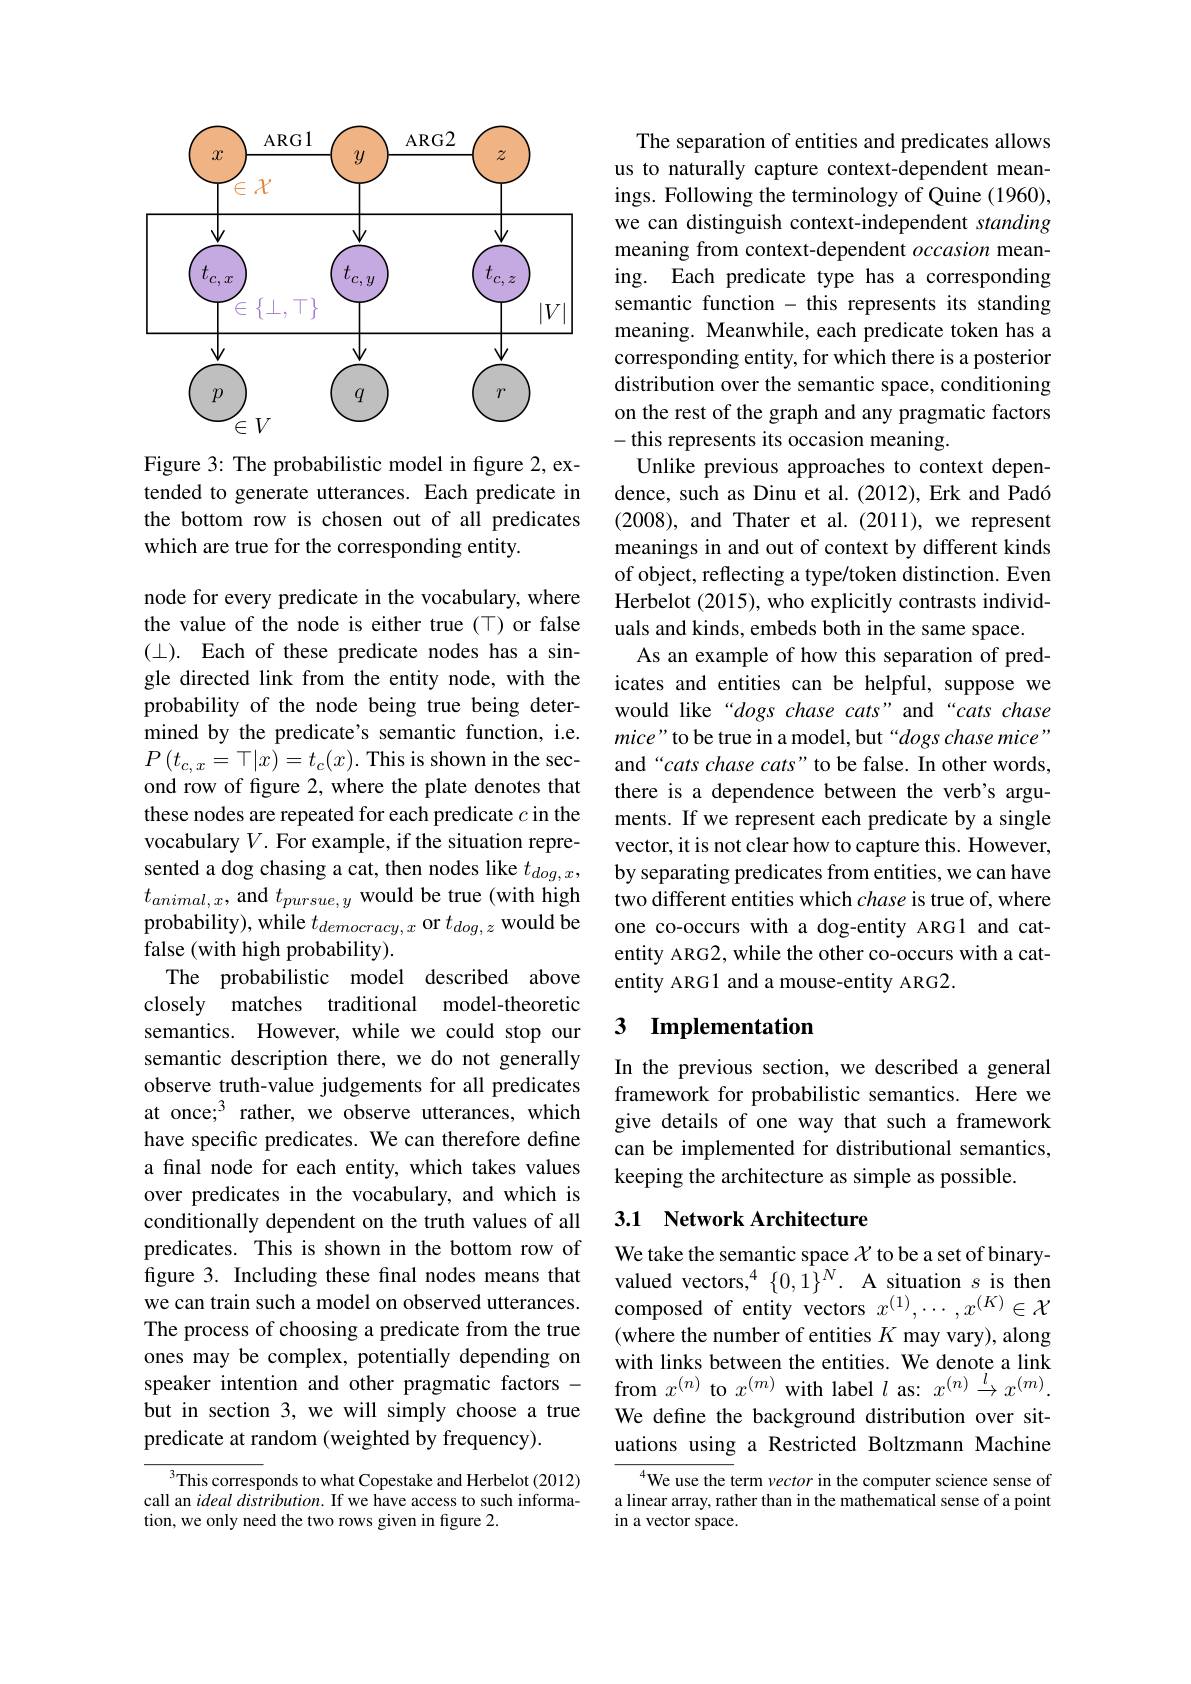
<FigureHere>

Figure 3: The probabilistic model in figure 2, extended to generate utterances. Each predicate in the bottom row is chosen out of all predicates which are true for the corresponding entity.

node for every predicate in the vocabulary, where the value of the node is either true(T) or false $(\bot). Each of these predicate nodes has a sin-$ gle directed link from the entity node, with the probability of the node being true being determined by the predicate's semantic function, i.e. $P\left(t_{c,x}=\top|x\right)=t_{c}(x).$ This is shown in the second row of figure 2, where the plate denotes that these nodes are repeated for each predicate $c$ in the vocabulary $V.$ For example, if the situation represented a dog chasing a cat, then nodes like $t_{dog,x}$, $t_{animal,x}$, and $t_pursue,y$ would be true (with high probability), while $t_democracy,x$ or $t_{dog,z}$ would be false (with high probability).
The probabilistic model described above closely matches traditional model-theoretic semantics. However, while we could stop our semantic description there, we do not generally observe truth-value judgements for all predicates at once;$^3$ rather, we observe utterances, which have specific predicates. We can therefore define a final node for each entity, which takes values over predicates in the vocabulary, and which is conditionally dependent on the truth values of all predicates. This is shown in the bottom row of figure 3. Including these final nodes means that we can train such a model on observed utterances. The process of choosing a predicate from the true ones may be complex, potentially depending on speaker intention and other pragmatic factors - but in section 3, we will simply choose a true predicate at random (weighted by frequency).
$^3$This corresponds to what Copestake and Herbelot (2012)

call an ideal distribution. If we have access to such informa-
tion, we only need the two rows given in figure 2.

The separation of entities and predicates allows us to naturally capture context-dependent meanings. Following the terminology of Quine (1960), we can distinguish context-independent standing meaning from context-dependent occasion meaning. Each predicate type has a corresponding semantic function - this represents its standing meaning. Meanwhile, each predicate token has a corresponding entity, for which there is a posterior distribution over the semantic space, conditioning on the rest of the graph and any pragmatic factors - this represents its occasion meaning.
Unlike previous approaches to context dependence, such as Dinu et al.(2012), Erk and Padó (2008), and Thater et al.(2011), we represent meanings in and out of context by different kinds of object, reflecting a type/token distinction. Even Herbelot (2015), who explicitly contrasts individuals and kinds, embeds both in the same space.
As an example of how this separation of predicates and entities can be helpful, suppose we would like“dogs chase cats” and“cats chase mice" to be true in a model, but“dogs chase mice” and“cats chase cats”to be false. In other words, there is a dependence between the verb's arguments. If we represent each predicate by a single vector, it is not clear how to capture this. However, by separating predicates from entities, we can have two different entities which chase is true of, where one co-occurs with a dog-entity ARG1 and catentity ARG2, while the other co-occurs with a catentity ARG1 and a mouse-entity ARG2

### 3 $\textbf{Implementation}$

In the previous section, we described a general framework for probabilistic semantics. Here we give details of one way that such a framework can be implemented for distributional semantics, keeping the architecture as simple as possible.

## 3.1 Network Architecture

We take the semantic space $\mathcal{X}$ to be a set of binaryvalued vectors,$^4$ $\{0,1\}^N.$ A situation $s$ is then composed of entity vectors $x^{(1)},\cdots,x^{(K)}\in\mathcal{X}$ (where the number of entities $K$ may vary), along with links between the entities. We denote a link from $x^{(n)}$ to $x^{(m)}$ with label $l$ as: $x^(n)\xrightarrow lx^{(m)}.$ We define the background distribution over situations using a Restricted Boltzmann Machine

$^{4}$We use the term vector in the computer science sense of a linear array, rather than in the mathematical sense of a point in a vector space.